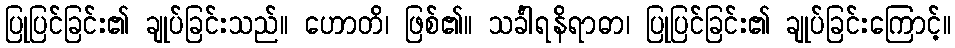
ပြုပြင်ခြင်း၏ ချုပ်ခြင်းသည်။ ဟောတိ၊ ဖြစ်၏။ သင်္ခါရနိရာဓာ၊ ပြုပြင်ခြင်း၏ ချုပ်ခြင်းကြောင့်။